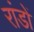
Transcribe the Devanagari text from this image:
रांडों